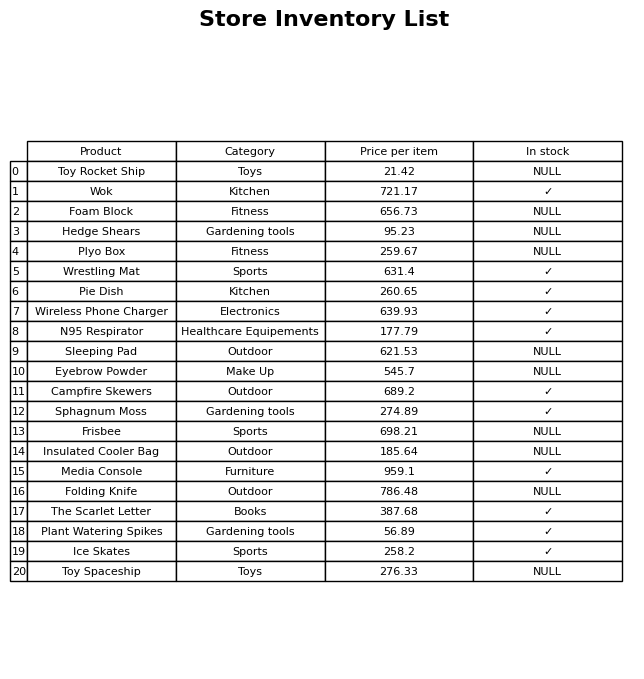
question: What is the price of the The Scarlet Letter?
answer: The price of The Scarlet Letter is 387.68.